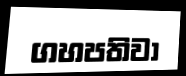
ගහපතිවා